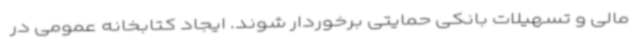
مالی و تسهیلات بانکی حمایتی برخوردار شوند. ایجاد کتابخانه عمومی در